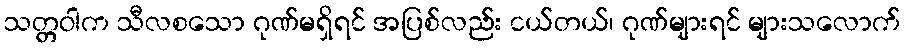
သတ္တဝါက သီလစသော ဂုဏ်မရှိရင် အပြစ်လည်း ငယ်တယ်၊ ဂုဏ်များရင် များသလောက်